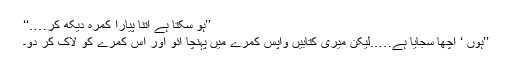
’’ہو سکتا ہے اتنا پیارا کمرہ دیکھ کر….‘‘
’’ہوں ‘ اچھا سجایا ہے…..لیکن میری کتابیں واپس کمرے میں پہنچا آئو اور اس کمرے کو لاک کر دو۔